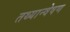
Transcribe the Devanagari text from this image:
तथ्यान्वेषण